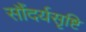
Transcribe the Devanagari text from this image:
सौंदर्यसृष्टि